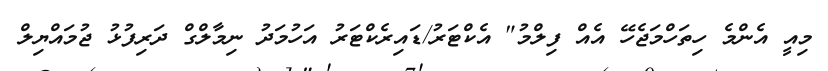
މިއީ އެންމެ ހިތަހްމަޖެހޭ އެއް ފިލްމު" އެކްޓަރު/ޑައިރެކްޓަރު އަހުމަދު ނިމާލްގް ދަރިފުޅު ޖުމައްޔިލް